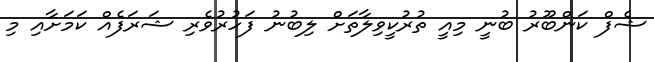
ޝެފް ކަންބޫރު ބުނީ މިއީ ތުރުކީވިލާތަށް ލިބުނު ފަހުރުވެރި ޝަރަފެއް ކަމަށާއި މި